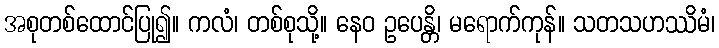
အစုတစ်ထောင်ပြု၍။ ကလံ၊ တစ်စုသို့။ နေဝ ဥပေန္တိ၊ မရောက်ကုန်။ သတသဟဿိမံ၊